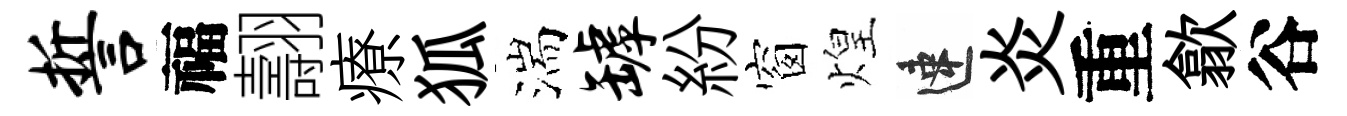
誓福翿療狐湍罅紛窗煌速炎重歙谷